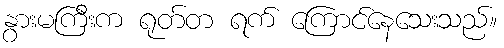
နွားမကြီးက ရုတ်တ ရက် ကြောင်နေသေးသည်။